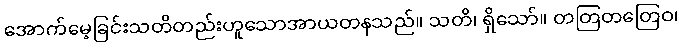
အောက်မေ့ခြင်းသတိတည်းဟူသောအာယတနသည်။ သတိ၊ ရှိသော်။ တတြတတြေဝ၊